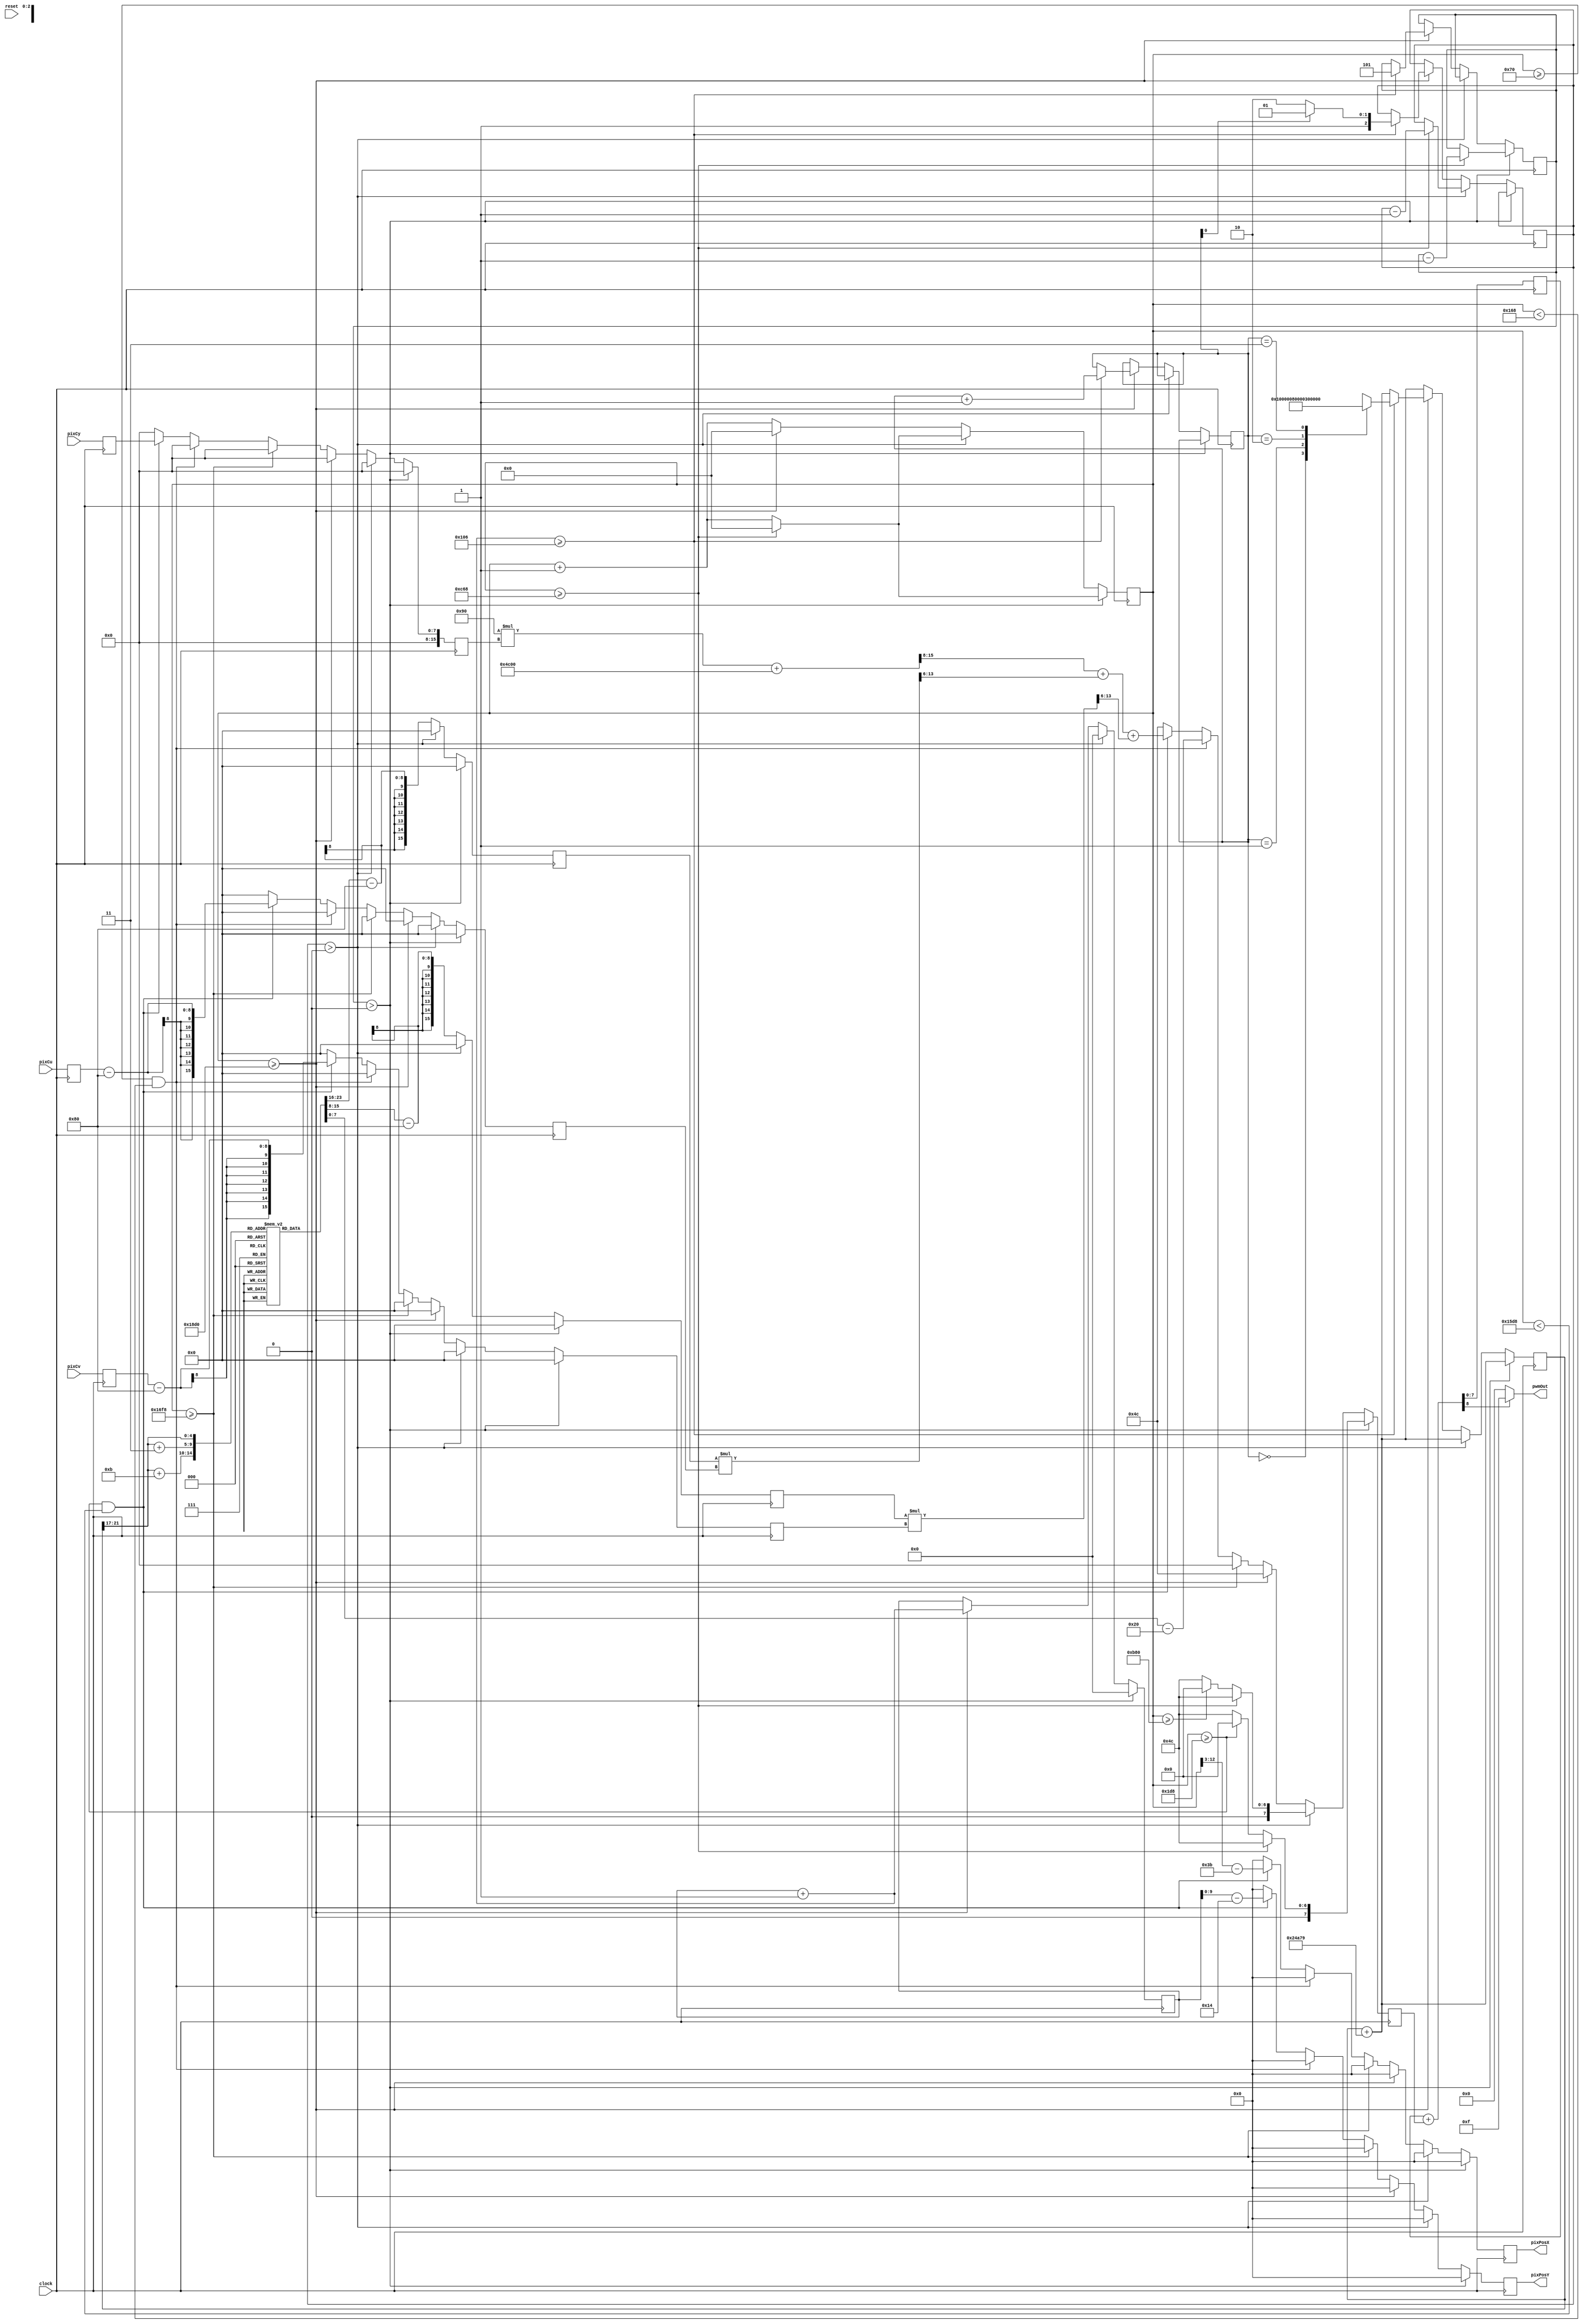
/*
NTSC Module
 */

module ModNtsc(clock, reset, pixCy, pixCu, pixCv,
	pwmOut, pixPosX, pixPosY);

/* verilator lint_off UNUSED */

input clock;
input reset;

input[7:0] pixCy;
input[7:0] pixCu;
input[7:0] pixCv;

output[3:0] pwmOut;

output[9:0] pixPosX;
output[9:0] pixPosY;


reg[7:0]	cbPwmTab[31:0];

reg[3:0]	tPwmOut;			//PWM output bits
reg[3:0]	tPwmSt;				//PWM State
reg[3:0]	tPwmNextSt;			//Next PWM State
reg[7:0]	tPwmVal;			//PWM Value
reg[7:0]	tPwmNextVal;		//Next PWM Value
reg			tPwmCarry;
reg[7:0]	tPwmSt8;			//PWM State (8 bit)
reg[7:0]	tPwmNextSt8;		//Next PWM State (8 bit)

reg[21:0]	tCbAcc;				//Colorburst Accumulator
reg[21:0]	tCbNextAcc;			//Next Colorburst Accumulator

reg[12:0]	tScanPixClk;		//Scan Pixel Clock
reg[12:0]	tScanNextPixClk;	//Next Scan Pixel Clock

reg[10:0]	tScanRowClk;		//Scan Row Clock
reg[10:0]	tScanNextRowClk;	//Next Scan Row Clock

reg[2:0]	tVSyncClk;
reg[2:0]	tVSyncNextClk;

reg[2:0]	tVEqPulseClk;
reg[2:0]	tVEqPulseNextClk;

reg[1:0]	tVFieldCnt;
reg[1:0]	tVFieldNextCnt;

reg[4:0]	tPhaseCb;
reg[4:0]	tPhaseCu;
reg[4:0]	tPhaseCv;

reg[15:0]	tModCu;
reg[15:0]	tModCv;
reg[15:0]	tModNextCu;
reg[15:0]	tModNextCv;

reg[15:0]	tBaseCy;
reg[15:0]	tBaseCu;
reg[15:0]	tBaseCv;

reg[15:0]	tBaseNextCy;
reg[15:0]	tBaseNextCu;
reg[15:0]	tBaseNextCv;

reg[17:0]	tScPwmCy;
reg[15:0]	tScPwmCu;
reg[15:0]	tScPwmCv;

reg[9:0]	tScPwmCt;

reg[9:0]	tPixPosX;
reg[9:0]	tPixPosY;
reg[9:0]	tPixNextPosX;
reg[9:0]	tPixNextPosY;

reg[7:0]	tPixCy;
reg[7:0]	tPixCu;
reg[7:0]	tPixCv;

assign pwmOut = tPwmOut;
assign pixPosX = tPixPosX;
assign pixPosY = tPixPosY;


initial
begin
	cbPwmTab[ 0]=8'h80;		cbPwmTab[ 1]=8'h87;
	cbPwmTab[ 2]=8'h8E;		cbPwmTab[ 3]=8'h94;
	cbPwmTab[ 4]=8'h9A;		cbPwmTab[ 5]=8'h9E;
	cbPwmTab[ 6]=8'hA2;		cbPwmTab[ 7]=8'hA4;
	cbPwmTab[ 8]=8'hA5;		cbPwmTab[ 9]=8'hA4;
	cbPwmTab[10]=8'hA2;		cbPwmTab[11]=8'h9E;
	cbPwmTab[12]=8'h9A;		cbPwmTab[13]=8'h94;
	cbPwmTab[14]=8'h8E;		cbPwmTab[15]=8'h87;
	cbPwmTab[16]=8'h80;		cbPwmTab[17]=8'h79;
	cbPwmTab[18]=8'h72;		cbPwmTab[19]=8'h6C;
	cbPwmTab[20]=8'h66;		cbPwmTab[21]=8'h62;
	cbPwmTab[22]=8'h5E;		cbPwmTab[23]=8'h5C;
	cbPwmTab[24]=8'h5B;		cbPwmTab[25]=8'h5C;
	cbPwmTab[26]=8'h5E;		cbPwmTab[27]=8'h62;
	cbPwmTab[28]=8'h66;		cbPwmTab[29]=8'h6C;
	cbPwmTab[30]=8'h72;		cbPwmTab[31]=8'h79;
end

reg[3:0]	tPwmOutA;
reg[3:0]	tPwmOutB;
reg			tPwmOutCarry;
reg			pwmIs4bit;

always @ (clock)
begin
	pwmIs4bit = 0;

	if(pwmIs4bit)
	begin
//		tPwmNextSt = tPwmSt + tPwmVal;
//		tPwmNextSt = tPwmSt + ((tPwmVal<<4)&255);
		{tPwmCarry, tPwmNextSt} = {1'b0, tPwmSt} + {1'b0, tPwmVal[3:0]};

//		tPwmOut = tPwmNextSt[8];
//		tPwmOut = tPwmNextSt[8] ? (tPwmVal[7:4]+1) : tPwmVal[7:4];

		tPwmOutA = tPwmVal[7:4];
		{tPwmOutCarry, tPwmOutB} = {1'b0, tPwmOutA} + 1;
		tPwmOut = (tPwmCarry && !tPwmOutCarry) ?
			tPwmOutB : tPwmOutA;

//		tPwmOut = (tPwmNextSt[4] && (tPwmVal[7:4]!=15)) ?
//			(tPwmVal[7:4]+1) : tPwmVal[7:4];
	end
	else
	begin
		{tPwmCarry, tPwmNextSt8} = {1'b0, tPwmSt8} + {1'b0, tPwmVal[7:0]};
//		tPwmOut[3:0] = 4{tPwmCarry};
		tPwmOut[3:0] = tPwmCarry ? 4'b1111 : 4'b0000;
	end

	tCbNextAcc = tCbAcc + 150137;

	tScanNextPixClk = tScanPixClk + 1;
	tScanNextRowClk = tScanRowClk;

	tVSyncNextClk = tVSyncClk;
	tVFieldNextCnt = tVFieldCnt;
	tVEqPulseNextClk = tVEqPulseClk;
	
	tPixNextPosX = 0;
	tPixNextPosY = 0;

	tModNextCu=0;
	tModNextCv=0;
	tBaseNextCu=0;
	tBaseNextCv=0;

	tBaseNextCy = 0;

	tPwmNextVal = 76;

	if(tVSyncClk>0)		/* VSync */
	begin
		tScanNextRowClk = 0;
		if(tScanPixClk>=3176)
		begin
			tVSyncNextClk = tVSyncClk - 1;
			tScanNextPixClk = 0;
		end
		else if(tScanPixClk>=472)
			tPwmNextVal = 0;
	end
	else if(tVEqPulseClk>0)		/* Equalizing Pulse */
	begin
		tScanNextRowClk = 0;
		if(tScanPixClk>=3176)
		begin
			tVEqPulseNextClk = tVEqPulseClk - 1;
			tScanNextPixClk = 0;
		end
		else if(tScanPixClk>=2944)
			tPwmNextVal = 0;
	end
	else		/* VBlank or Scanline */
	begin
		tPhaseCb = tCbAcc[21:17];

//		tPhaseCu = tCbAcc[21:17]+10;
//		tPhaseCv = tCbAcc[21:17]+2;

		tPhaseCu = tCbAcc[21:17]+11;
		tPhaseCv = tCbAcc[21:17]+3;

		tModNextCu[15:0] = {8'h00, cbPwmTab[tPhaseCu]} - 128;
		tModNextCv[15:0] = {8'h00, cbPwmTab[tPhaseCv]} - 128;

		if(tScanPixClk>=6352)
		begin
			tScanNextRowClk = tScanRowClk + 1;
			tScanNextPixClk = 0;
			
			if(tScanNextRowClk>=262)
			begin
				tVFieldNextCnt = tVFieldCnt + 1;
				tVSyncNextClk = 5;
				tVEqPulseNextClk = tVFieldCnt[0] ? 5 : 6;

				case(tVFieldCnt[1:0])
					0: tCbNextAcc = ( 0*131072);
					1: tCbNextAcc = ( 8*131072);
					2: tCbNextAcc = (16*131072);
					3: tCbNextAcc = (24*131072);
				endcase
			end
		end
		else if(tScanPixClk>=5880)
			tPwmNextVal = 0;
		else if((tScanPixClk>=112) && (tScanPixClk<360))
		begin
			tPwmNextVal = cbPwmTab[tPhaseCb]-32;
		end
		else if((tScanPixClk>=472) && (tScanPixClk<5592))
		begin
			tPixNextPosX = tScanPixClk[12:3] - 59;
			tPixNextPosY = tScanNextRowClk[9:0] - 20;

			tBaseNextCy[15:8] = 0;
			tBaseNextCy[7:0] = tPixCy;

			tBaseNextCu = {8'h0, tPixCu} - 128;
			tBaseNextCv = {8'h0, tPixCv} - 128;
			
			tScPwmCy[17:16] = 0;
//			tScPwmCy[15:0] = 153 * tBaseCy + 19456;
			tScPwmCy[15:0] = 144 * tBaseCy + 19456;
			tScPwmCu = tModCu * tBaseCu;
			tScPwmCv = tModCv * tBaseCv;
			tScPwmCt = tScPwmCy[17:8] + tScPwmCu[15:6] + tScPwmCv[15:6];

			tPwmNextVal = tScPwmCt[7:0];
		end
	end
end

always @ (posedge clock)
begin

	tPwmSt			<= tPwmNextSt;
	tPwmSt8			<= tPwmNextSt8;

	tPwmVal			<= tPwmNextVal;
	tCbAcc			<= tCbNextAcc;

	tScanPixClk		<= tScanNextPixClk;
	tScanRowClk		<= tScanNextRowClk;

	tVSyncClk		<= tVSyncNextClk;
	tVEqPulseClk	<= tVEqPulseNextClk;
	tVFieldCnt		<= tVFieldNextCnt;

	tPixPosX		<= tPixNextPosX;
	tPixPosY		<= tPixNextPosY;

	tPixCy			<= pixCy;
	tPixCu			<= pixCu;
	tPixCv			<= pixCv;

	tBaseCy			<= tBaseNextCy;
	tBaseCu			<= tBaseNextCu;
	tBaseCv			<= tBaseNextCv;
	tModCu			<= tModNextCu;
	tModCv			<= tModNextCv;

end

endmodule